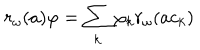
r _ { \omega } ( a ) \varphi = \sum _ { k } \varphi _ { k } r _ { \omega } ( a c _ { k } )